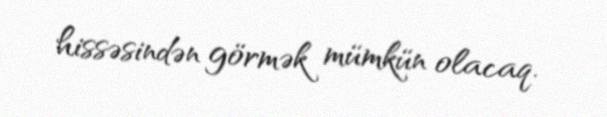
hissəsindən görmək mümkün olacaq.